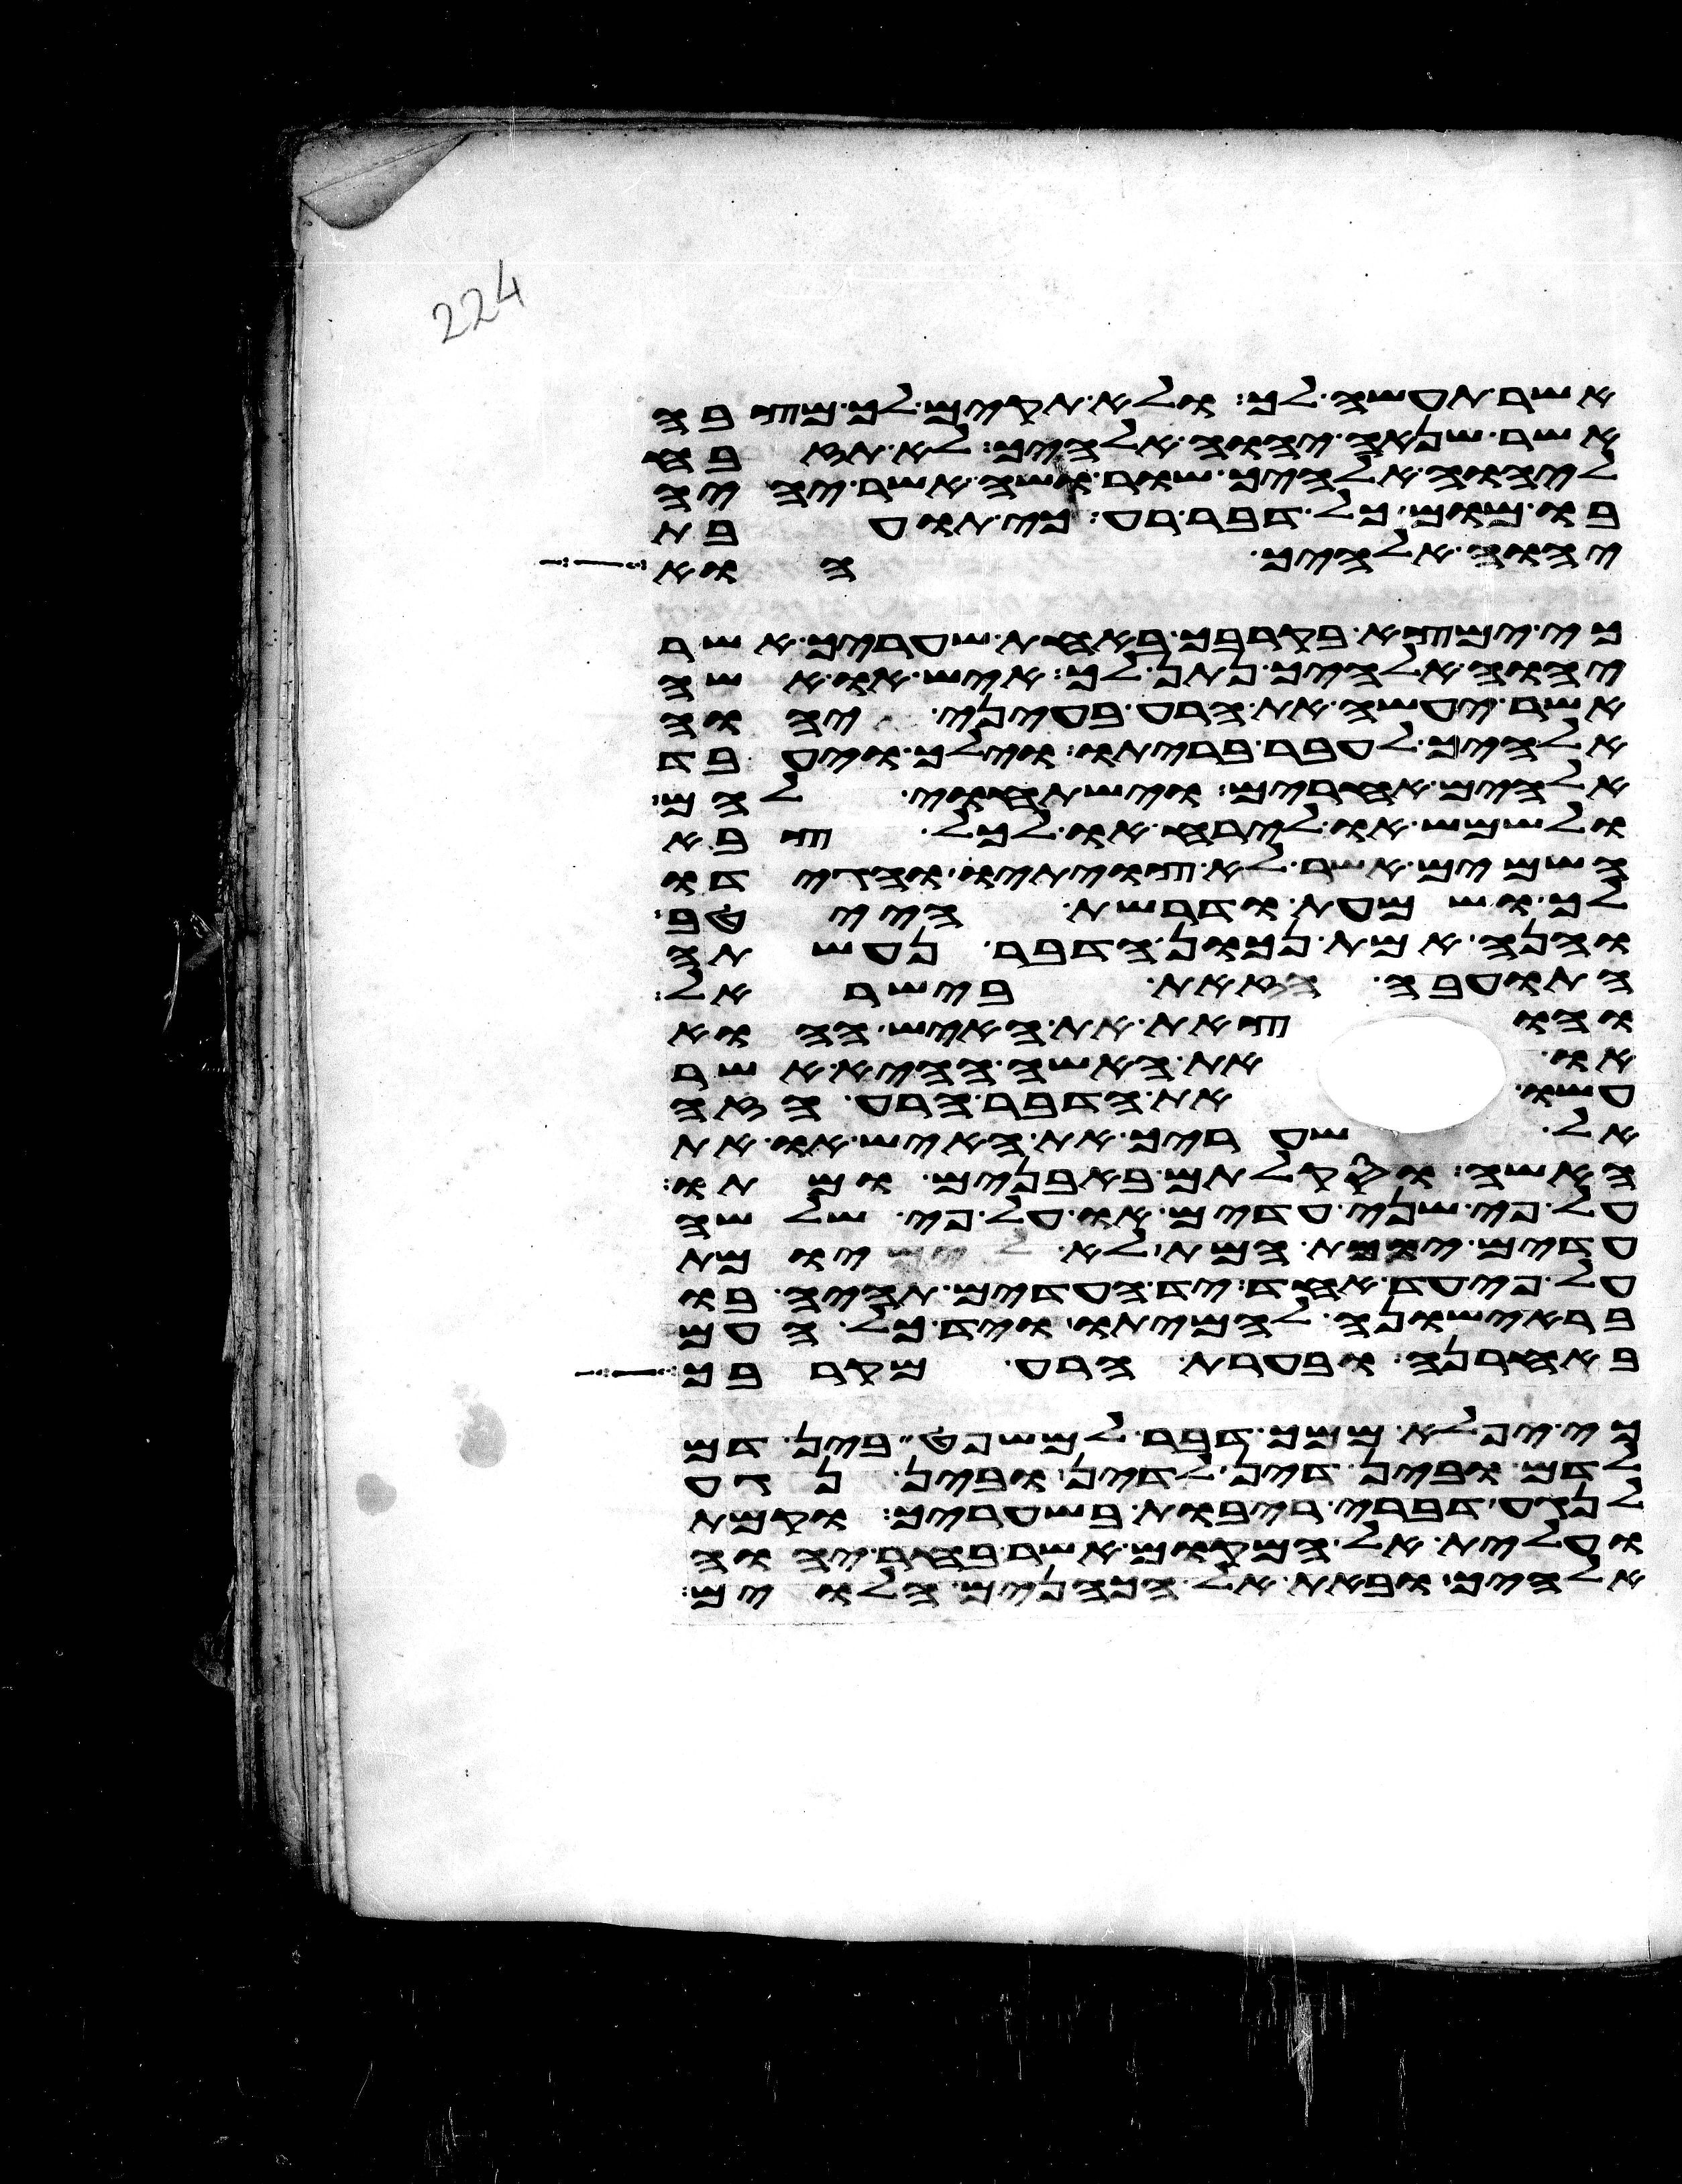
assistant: אשר תעשה לך ולא תקים לך מצבה
אשר שנאה יהוה אלהיך לא תזבח
ליהוה אלהיך שור ושה אשר יהיה
בו מום כל דבר רע כי תועבת
יהוה אלהיך הוא
כי ימצא בקרבך באחת שעריך אשר
יהוה אלהיך נתן לך איש או אשה
אשר יעשה את הרע בעיני יהוה
אלהיך לעבר בריתו וילך ויעבד
אלהים אחרים וישתחוי להם
ולשמש או לירח או לכל צבא
השמים אשר לא צויתיו והגידו
לך ושמעת ודרשת הייטב
והנה אמת נכון הדבר נעשתה
התועבה הזאת בישראל
והוצאת את האיש ההוא
או את האשה ההיא אשר
עשו את הדבר הרע הזה
אל שעריך את האיש או את
האשה וסקלתם באבנים ומתו
על פי שני עדים או על פי שלשה
עדים יומת המת לא יומת
על פי עד אחד יד העדים תהיה בו
בראישונה להמיתו ויד כל העם
באחרנה ובערת הרע מקרבך
כי יפלא ממך דבר למשפט בין דם
לדם ובין דין לדין ובין נגע
לנגע דברי ריבות בשעריך וקמת
ועלית אל המקום אשר בחר יהוה
אלהיך ובאת אל הכהנים הלוים